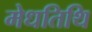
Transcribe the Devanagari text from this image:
मेधतिथि